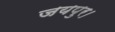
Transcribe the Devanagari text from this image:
जयपुर।